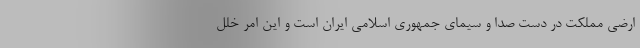
ارضی مملکت در دست صدا و سیمای جمهوری اسلامی ایران است و این امر خلل